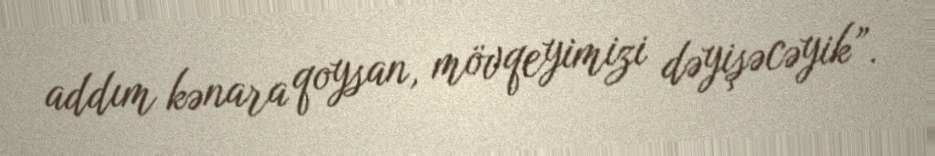
addım kənara qoysan, mövqeyimizi dəyişəcəyik”.